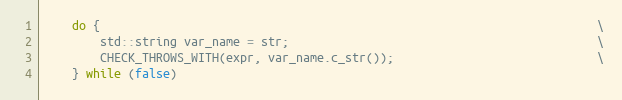
Language: C
    do {                                                                       \
        std::string var_name = str;                                            \
        CHECK_THROWS_WITH(expr, var_name.c_str());                             \
    } while (false)